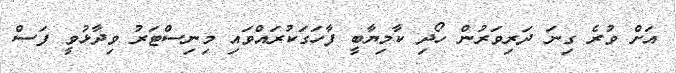
އަށް ވުރެ ގިނަ ދަރިވަރުން ހޯދި ކާމިޔާބީ ފާހަގަކުރައްވައި މިނިސްޓަރު ވިދާޅުވީ ފަސް